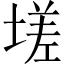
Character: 𡏦